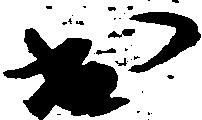
出